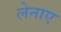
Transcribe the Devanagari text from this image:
लेनाए